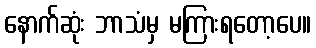
နောက်ဆုံး ဘာသံမှ မကြားရတော့ပေ။